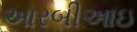
આરબીઆઇ